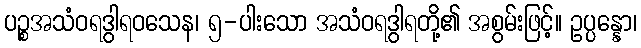
ပဉ္စအသံဝရဒွါရဝသေန၊ ၅-ပါးသော အသံဝရဒွါရတို့၏ အစွမ်းဖြင့်။ ဥပ္ပန္နော၊